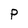
Character: P